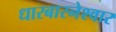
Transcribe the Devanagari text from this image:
धारबारनेश्‍वार